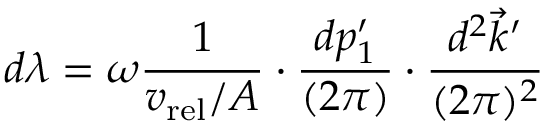
d \lambda = \omega { \frac { 1 } { v _ { \mathrm { r e l } } / A } } \cdot { \frac { d p _ { 1 } ^ { \prime } } { ( 2 \pi ) } } \cdot { \frac { d ^ { 2 } \vec { k } ^ { \prime } } { ( 2 \pi ) ^ { 2 } } }